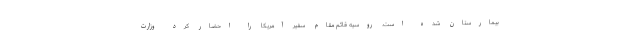
بیمارستان شده است. روسیه قائم مقام سفیر آمریکا را احضار کرد وزارت